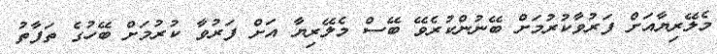
މެލޭރިޔާއަށް ފަރުވާކުރުމަށް ބޭނުންކުރެވޭ ބޭސް މެލޭރިޔާ އަށް ފަރުވާ ކުރުމަށް ބޭހުގެ ތަފާތު